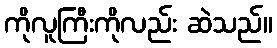
ကိုလူကြီးကိုလည်း ဆဲသည်။